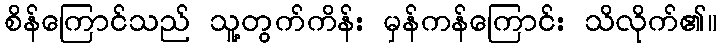
စိန်ကြောင်သည် သူ့တွက်ကိန်း မှန်ကန်ကြောင်း သိလိုက်၏။